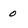
Character: 0